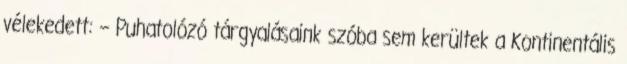
vélekedett: – Puhatolózó tárgyalásaink szóba sem kerültek a Kontinentális